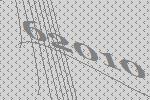
62010